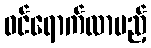
ဝင်ရောက်လာမည့်